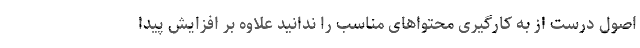
اصول درست از به کارگیری محتواهای مناسب را ندانید علاوه بر افزایش پیدا